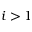
i > 1